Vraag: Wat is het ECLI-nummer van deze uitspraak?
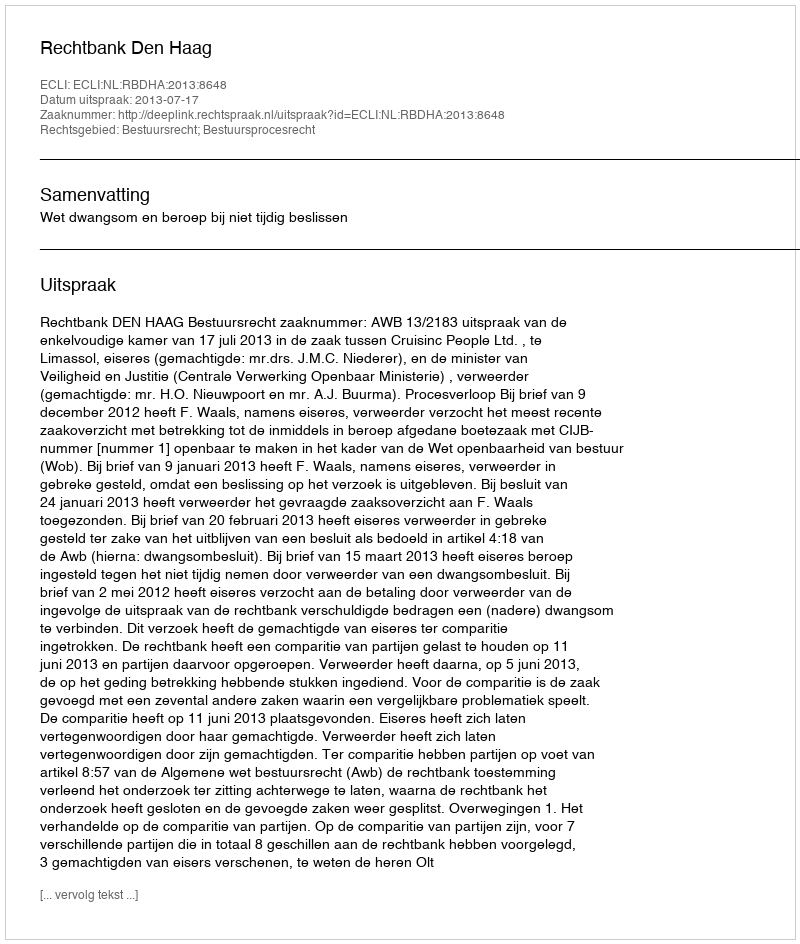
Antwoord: ECLI:NL:RBDHA:2013:8648